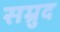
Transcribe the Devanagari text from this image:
सम्रुद